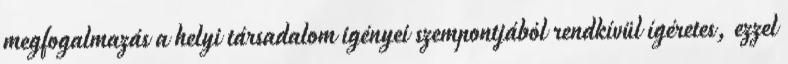
megfogalmazás a helyi társadalom igényei szempontjából rendkívül ígéretes, ezzel